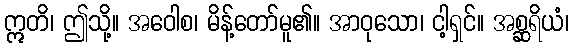
ဣတိ၊ ဤသို့။ အဝေါစ၊ မိန့်တော်မူ၏။ အာဝုသော၊ ငါ့ရှင်။ အစ္ဆရိယံ၊